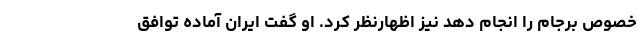
خصوص برجام را انجام دهد نیز اظهارنظر کرد. او گفت ایران آماده توافق